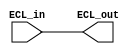
module ECL_buffer (
    input wire ECL_in,
    output reg ECL_out
);

assign ECL_out = ECL_in;

endmodule